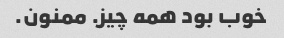
خوب بود همه چیز. ممنون.